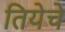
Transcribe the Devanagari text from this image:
तियेचे